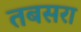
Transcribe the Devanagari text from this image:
तबसरा